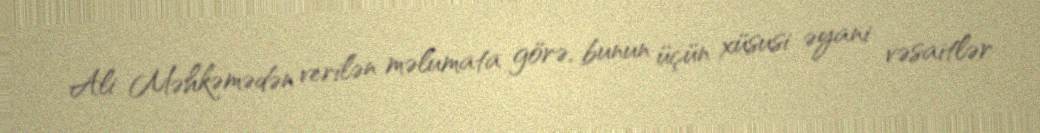
Ali Məhkəmədən verilən məlumata görə, bunun üçün xüsusi əyani vəsaitlər